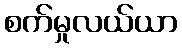
စက်မှုလယ်ယာ